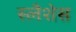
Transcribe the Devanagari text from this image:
स्लैशेस